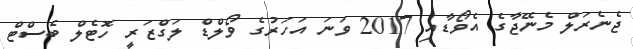
ޖެނެރަލް މެނޭޖާގެ އެވޯޑާއި 2017 ވަނަ އަހަރުގެ ވޯލްޑް ލަގްޒަރީ ހޮޓެލް ބެސްޓް